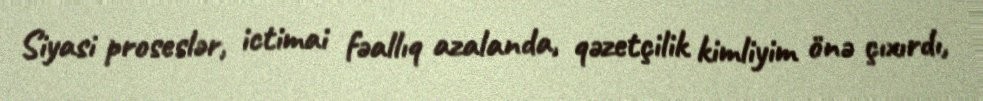
Siyasi proseslər, ictimai fəallıq azalanda, qəzetçilik kimliyim önə çıxırdı,